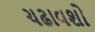
ચઢાવશો